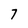
Character: 7